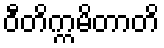
ဝီတိက္ကမိတာတိ